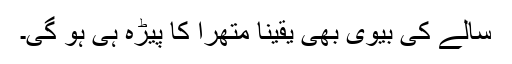
سالے کی بیوی بھی یقیناً متھرا کا پیڑہ ہی ہو گی۔